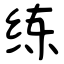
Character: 练